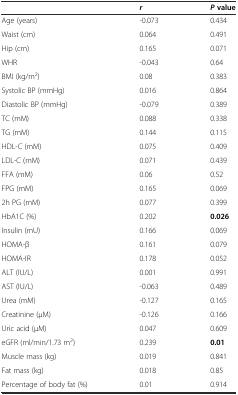
<table><thead><tr><td></td><td><b><i>r</i></b></td><td><b><i>P</i>value</b></td></tr></thead><tbody><tr><td>Age (years)</td><td>-0.073</td><td>0.434</td></tr><tr><td>Waist (cm)</td><td>0.064</td><td>0.491</td></tr><tr><td>Hip (cm)</td><td>0.165</td><td>0.071</td></tr><tr><td>WHR</td><td>-0.043</td><td>0.64</td></tr><tr><td>BMI (kg/m<sup>2</sup>)</td><td>0.08</td><td>0.383</td></tr><tr><td>Systolic BP (mmHg)</td><td>0.016</td><td>0.864</td></tr><tr><td>Diastolic BP (mmHg)</td><td>-0.079</td><td>0.389</td></tr><tr><td>TC (mM)</td><td>0.088</td><td>0.338</td></tr><tr><td>TG (mM)</td><td>0.144</td><td>0.115</td></tr><tr><td>HDL-C (mM)</td><td>0.075</td><td>0.409</td></tr><tr><td>LDL-C (mM)</td><td>0.071</td><td>0.439</td></tr><tr><td>FFA (mM)</td><td>0.06</td><td>0.52</td></tr><tr><td>FPG (mM)</td><td>0.165</td><td>0.069</td></tr><tr><td>2h PG (mM)</td><td>0.077</td><td>0.399</td></tr><tr><td>HbA1C (%)</td><td>0.202</td><td><b>0.026</b></td></tr><tr><td>Insulin (mU)</td><td>0.166</td><td>0.069</td></tr><tr><td>HOMA-β</td><td>0.161</td><td>0.079</td></tr><tr><td>HOMA-IR</td><td>0.178</td><td>0.052</td></tr><tr><td>ALT (IU/L)</td><td>0.001</td><td>0.991</td></tr><tr><td>AST (IU/L)</td><td>-0.063</td><td>0.489</td></tr><tr><td>Urea (mM)</td><td>-0.127</td><td>0.165</td></tr><tr><td>Creatinine (μM)</td><td>-0.126</td><td>0.166</td></tr><tr><td>Uric acid (μM)</td><td>0.047</td><td>0.609</td></tr><tr><td>eGFR (ml/min/1.73 m<sup>2</sup>)</td><td>0.239</td><td><b>0.01</b></td></tr><tr><td>Muscle mass (kg)</td><td>0.019</td><td>0.841</td></tr><tr><td>Fat mass (kg)</td><td>0.018</td><td>0.85</td></tr><tr><td>Percentage of body fat (%)</td><td>0.01</td><td>0.914</td></tr></tbody></table>